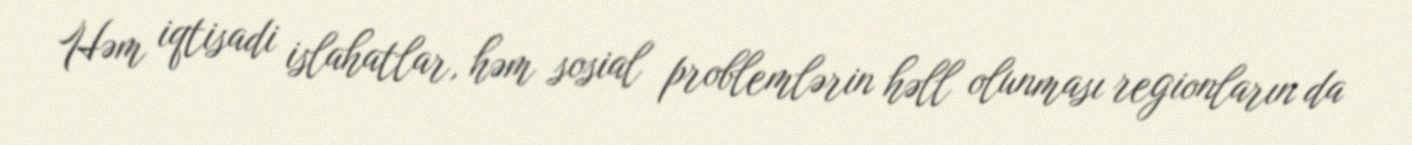
Həm iqtisadi islahatlar, həm sosial problemlərin həll olunması regionların da